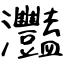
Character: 灩